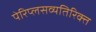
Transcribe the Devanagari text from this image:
पेरिप्लसव्यतिरिक्त